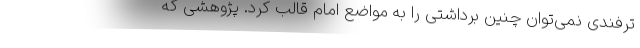
ترفندی نمی‌توان چنین برداشتی را به مواضع امام قالب کرد. پژوهشی که